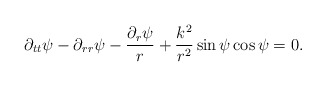
\begin{align*}\partial_{tt}\psi-\partial_{rr}\psi-\frac{\partial_r\psi}{r}+\frac{k^2}{r^2}\sin{\psi}\cos{\psi}=0.\end{align*}